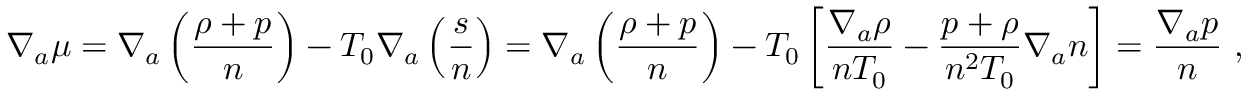
\nabla _ { a } \mu = \nabla _ { a } \left( \frac { \rho + p } { n } \right) - T _ { 0 } \nabla _ { a } \left( \frac { s } { n } \right) = \nabla _ { a } \left( \frac { \rho + p } { n } \right) - T _ { 0 } \left[ \frac { \nabla _ { a } \rho } { n T _ { 0 } } - \frac { p + \rho } { n ^ { 2 } T _ { 0 } } \nabla _ { a } n \right] = \frac { \nabla _ { a } p } { n } ~ ,